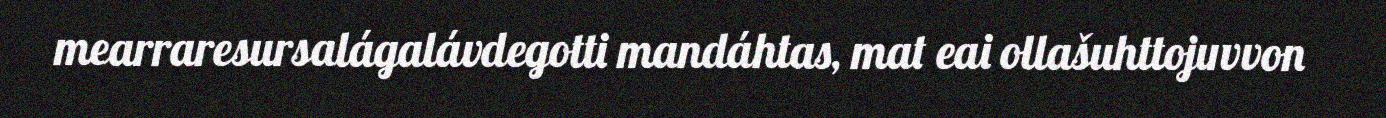
mearraresursalágalávdegotti mandáhtas, mat eai ollašuhttojuvvon